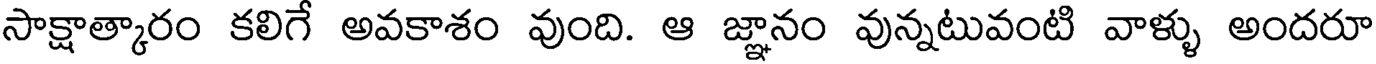
సాక్షాత్కారం కలిగే అవకాశం వుంది. ఆ జ్ఞానం వున్నటువంటి వాళ్ళు అందరూ